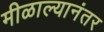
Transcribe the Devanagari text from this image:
मीळाल्यानंतर